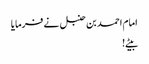
امام احمد بن حنبل نے فرمایا
بیٹے !